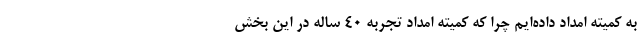
به کمیته امداد داده‌ایم چرا که کمیته امداد تجربه 40 ساله در این بخش